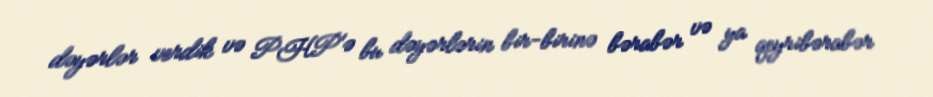
dəyərlər verdik və PHP'ə bu dəyərlərin bir-birinə bərabər və ya qeyribərabər